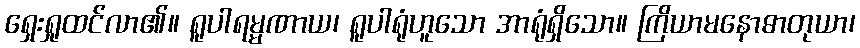
ရှေးရှုထင်လာ၏။ ရူပါရမ္မဏာယ၊ ရူပါရုံဟူသော အာရုံရှိသော။ ကြိယာမနောဓာတုယာ၊